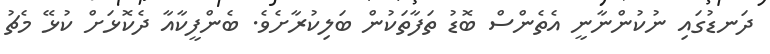
ދަނޑުގައި ނުކުންނާނީ އެތެންސް ބޮޑު ތަފާތަކުން ބަލިކުރާށެވެ. ބެންފީކާއާ ދެކޮޅަށް ކުޅޭ މެޗު